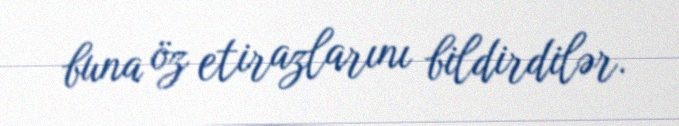
buna öz etirazlarını bildirdilər.